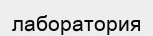
лаборатория